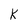
Character: K